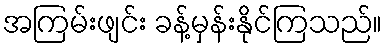
အကြမ်းဖျင်း ခန့်မှန်းနိုင်ကြသည်။